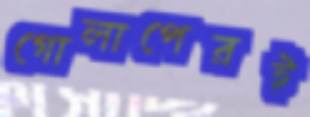
গোলাপেরই